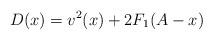
LaTeX: \begin{align*}D(x)=v^{2}(x)+2F_{1}(A-x)\end{align*}